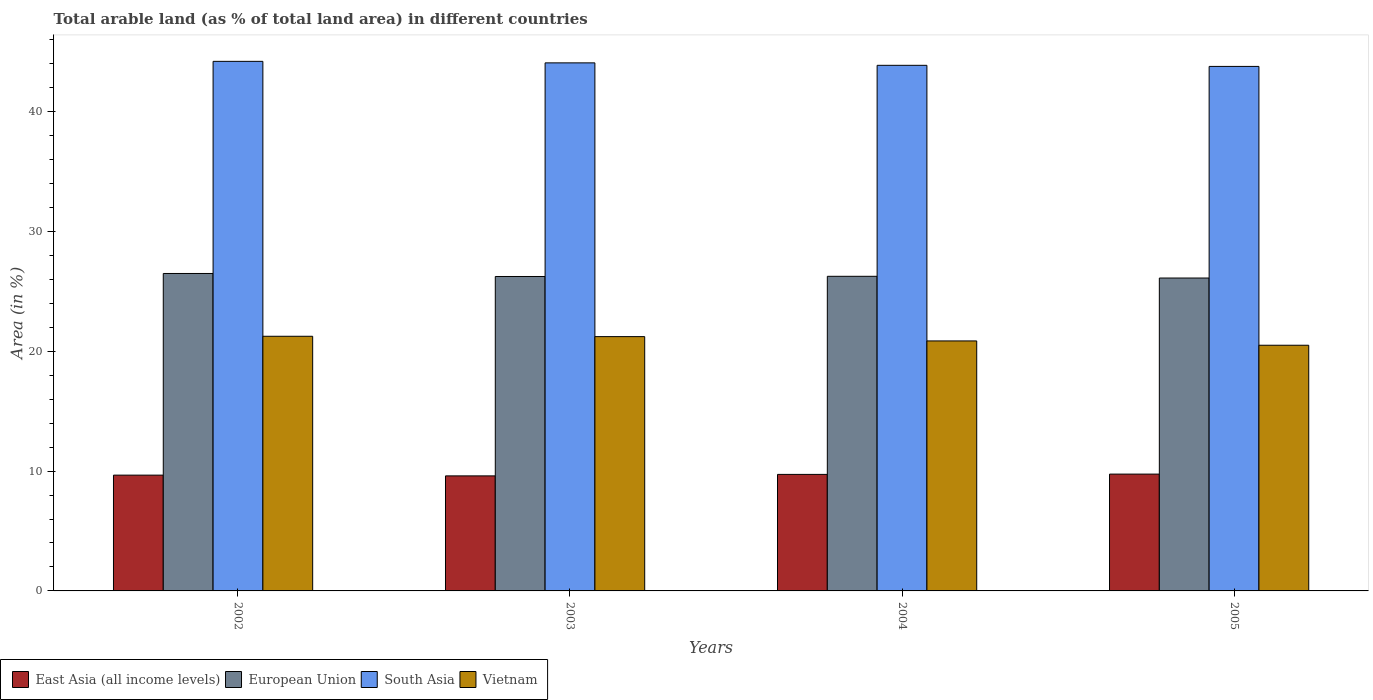
| Years | East Asia (all income levels) | European Union | South Asia | Vietnam |
 | --- | --- | --- | --- | --- |
 | 2002 | 9.66 | 26.5 | 44.2 | 21.3 |
 | 2003 | 9.6 | 26.2 | 44.1 | 21.2 |
 | 2004 | 9.72 | 26.3 | 43.9 | 20.9 |
 | 2005 | 9.75 | 26.1 | 43.8 | 20.5 |